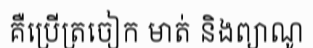
គឺប្រើត្រចៀក មាត់ និងព្យាណូ